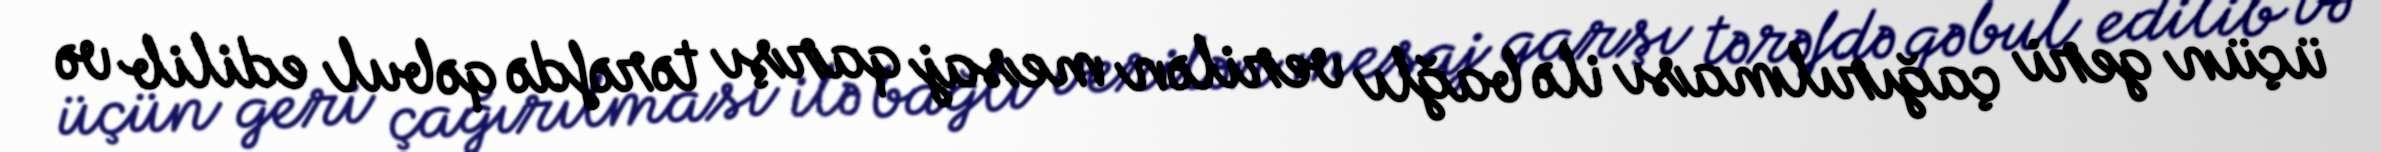
üçün geri çağırılması ilə bağlı verilən mesaj qarşı tərəfdə qəbul edilib və